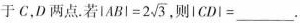
于C，D两点.若$$\left | A B \right | = 2 \sqrt { 3 }$$则$$\left | C D \right | =___$$.